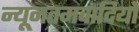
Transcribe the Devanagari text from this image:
न्यूनतमवादियों